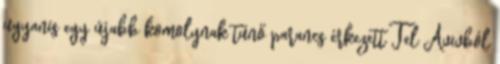
ugyanis egy újabb komolynak tűnő parancs érkezett Tel Avivból